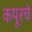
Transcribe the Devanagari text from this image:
कपूरचे